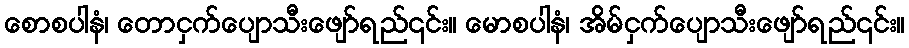
စောစပါနံ၊ တောငှက်ပျောသီးဖျော်ရည်၎င်း။ မောစပါနံ၊ အိမ်ငှက်ပျောသီးဖျော်ရည်၎င်း။